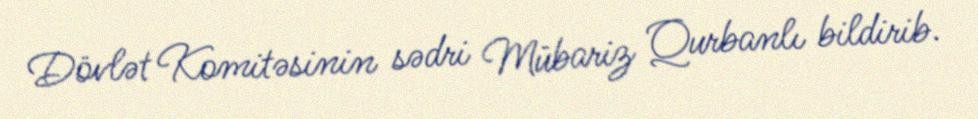
Dövlət Komitəsinin sədri Mübariz Qurbanlı bildirib.